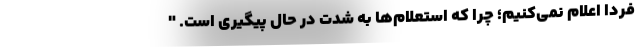
فردا اعلام نمی‌کنیم؛ چرا که استعلام‌ها به شدت در حال پیگیری است. "